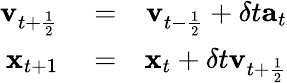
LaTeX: \begin{array}{rlr}{\mathbf{v}_{t+\frac{1}{2}}}&{{}=}&{\mathbf{v}_{t-\frac{1}{2}}+\delta t\mathbf{a}_{t}}\\ {\mathbf{x}_{t+1}}&{{}=}&{\mathbf{x}_{t}+\delta t\mathbf{v}_{t+\frac{1}{2}}}\end{array}